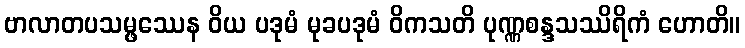
ဗာလာတပသမ္ဖဿေန ဝိယ ပဒုမံ မုခပဒုမံ ဝိကသတိ ပုဏ္ဏစန္ဒသဿိရိကံ ဟောတိ။